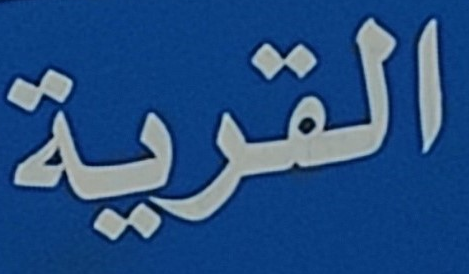
القرية